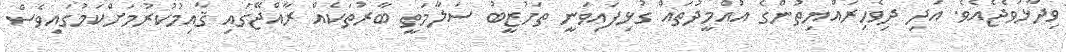
ވިދާޅުވެޖެއެވެ. އަދި ދިވެހިރައްޔިތުންގެ އުއްމީދުތައް ގުޅިފައިވަނީ ތަހުޒީބު ސަލާމަތީ ބާރުތަކެއް ރާއްޖޭގައި ޤާއިމުކުރުމަށްކަމުގައިވެސް